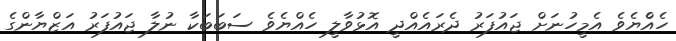
ހެއްެޔެވެ އެމީހުނަށް ޖައުފަރު ދެރައެއްދީ އޮޅުވާލީ ހެއްޔެވެ ސަބަބަކާ ނުލާ ޖައުފަރު އަޒްޔާންގެ